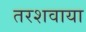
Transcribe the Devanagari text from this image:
तरशवाया